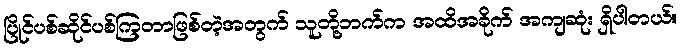
ပြိုင်ပစ်ဆိုင်ပစ်ကြတာဖြစ်တဲ့အတွက် သူတို့ဘက်က အထိအခိုက် အကျဆုံး ရှိပါတယ်။